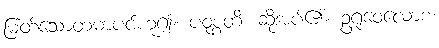
မြတ်သောတမာပင်ဟူ၍။ ပဝုစ္စတိ၊ ဆိုအပ်၏။ ဥရုဝေလောစ၊